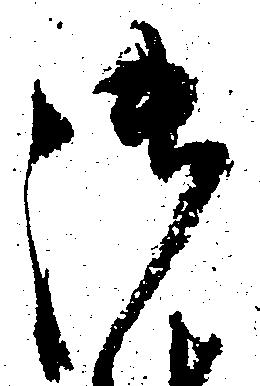
御